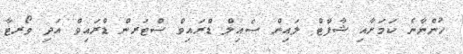
ހުންނާނެ ކަމަށާއި ޝާފްޓް ލައިން ސެއިލް ޑްރައިވް ސްޓަރން ޑްރައިވް އަދި ވޯރޓާ